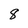
Character: 8